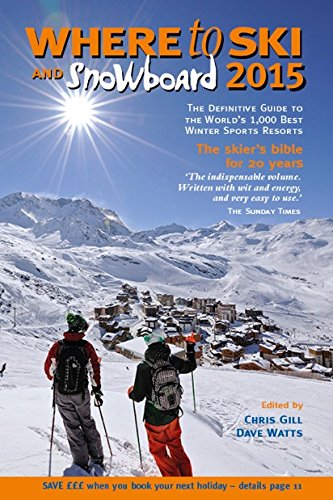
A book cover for Where to Ski & Snowboard 2015; Chris Gill; Sports & Outdoors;